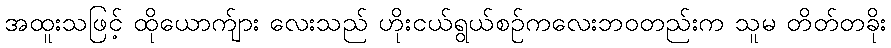
အထူးသဖြင့် ထိုယောက်ျား လေးသည် ဟိုးငယ်ရွယ်စဉ်ကလေးဘဝတည်းက သူမ တိတ်တခိုး